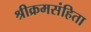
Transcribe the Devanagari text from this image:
श्रीक्रमसंहिता